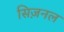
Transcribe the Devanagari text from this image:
सिज़नल